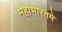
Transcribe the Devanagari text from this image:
महाभारतमे